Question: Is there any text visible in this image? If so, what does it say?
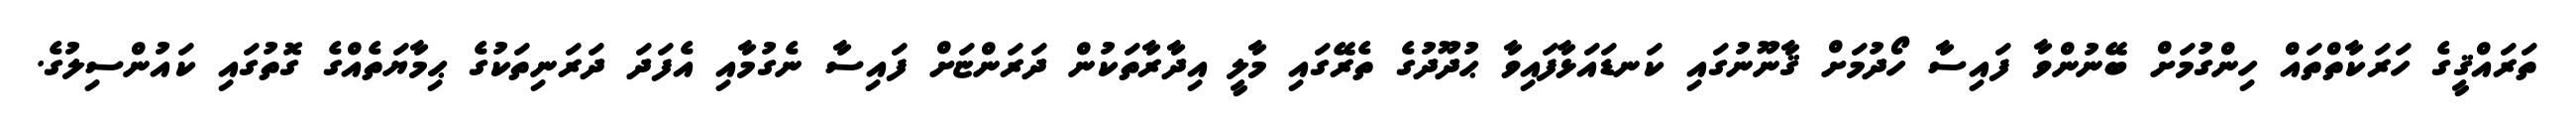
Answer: ތަރައްޤީގެ ހަރަކާތްތައް ހިންގުމަށް ބޭނުންވާ ފައިސާ ހޯދުމަށް ޤާނޫނުގައި ކަނޑައަޅާފައިވާ ޙުދޫދުގެ ތެރޭގައި މާލީ އިދާރާތަކުން ދަރަންޏަށް ފައިސާ ނެގުމާއި އެފަދަ ދަރަނިތަކުގެ ޙިމާޔަތެއްގެ ގޮތުގައި ކައުންސިލުގެ.